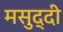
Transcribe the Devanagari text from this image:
मसुद्दी